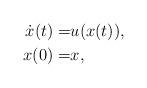
LaTeX: \begin{align*}\dot{x}(t) =& u(x(t)), \\x(0) =& x,\end{align*}